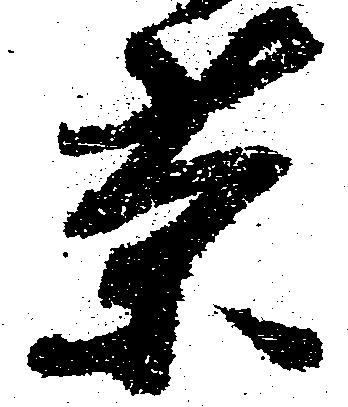
茶